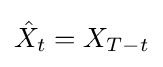
{\hat {X}}_{t}=X_{T-t}